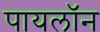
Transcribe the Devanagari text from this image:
पायलॉन